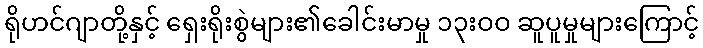
ရိုဟင်ဂျာတို့နှင့် ရှေးရိုးစွဲများ၏ခေါင်းမာမှု ၁၃းဝဝ ဆူပူမှုများကြောင့်